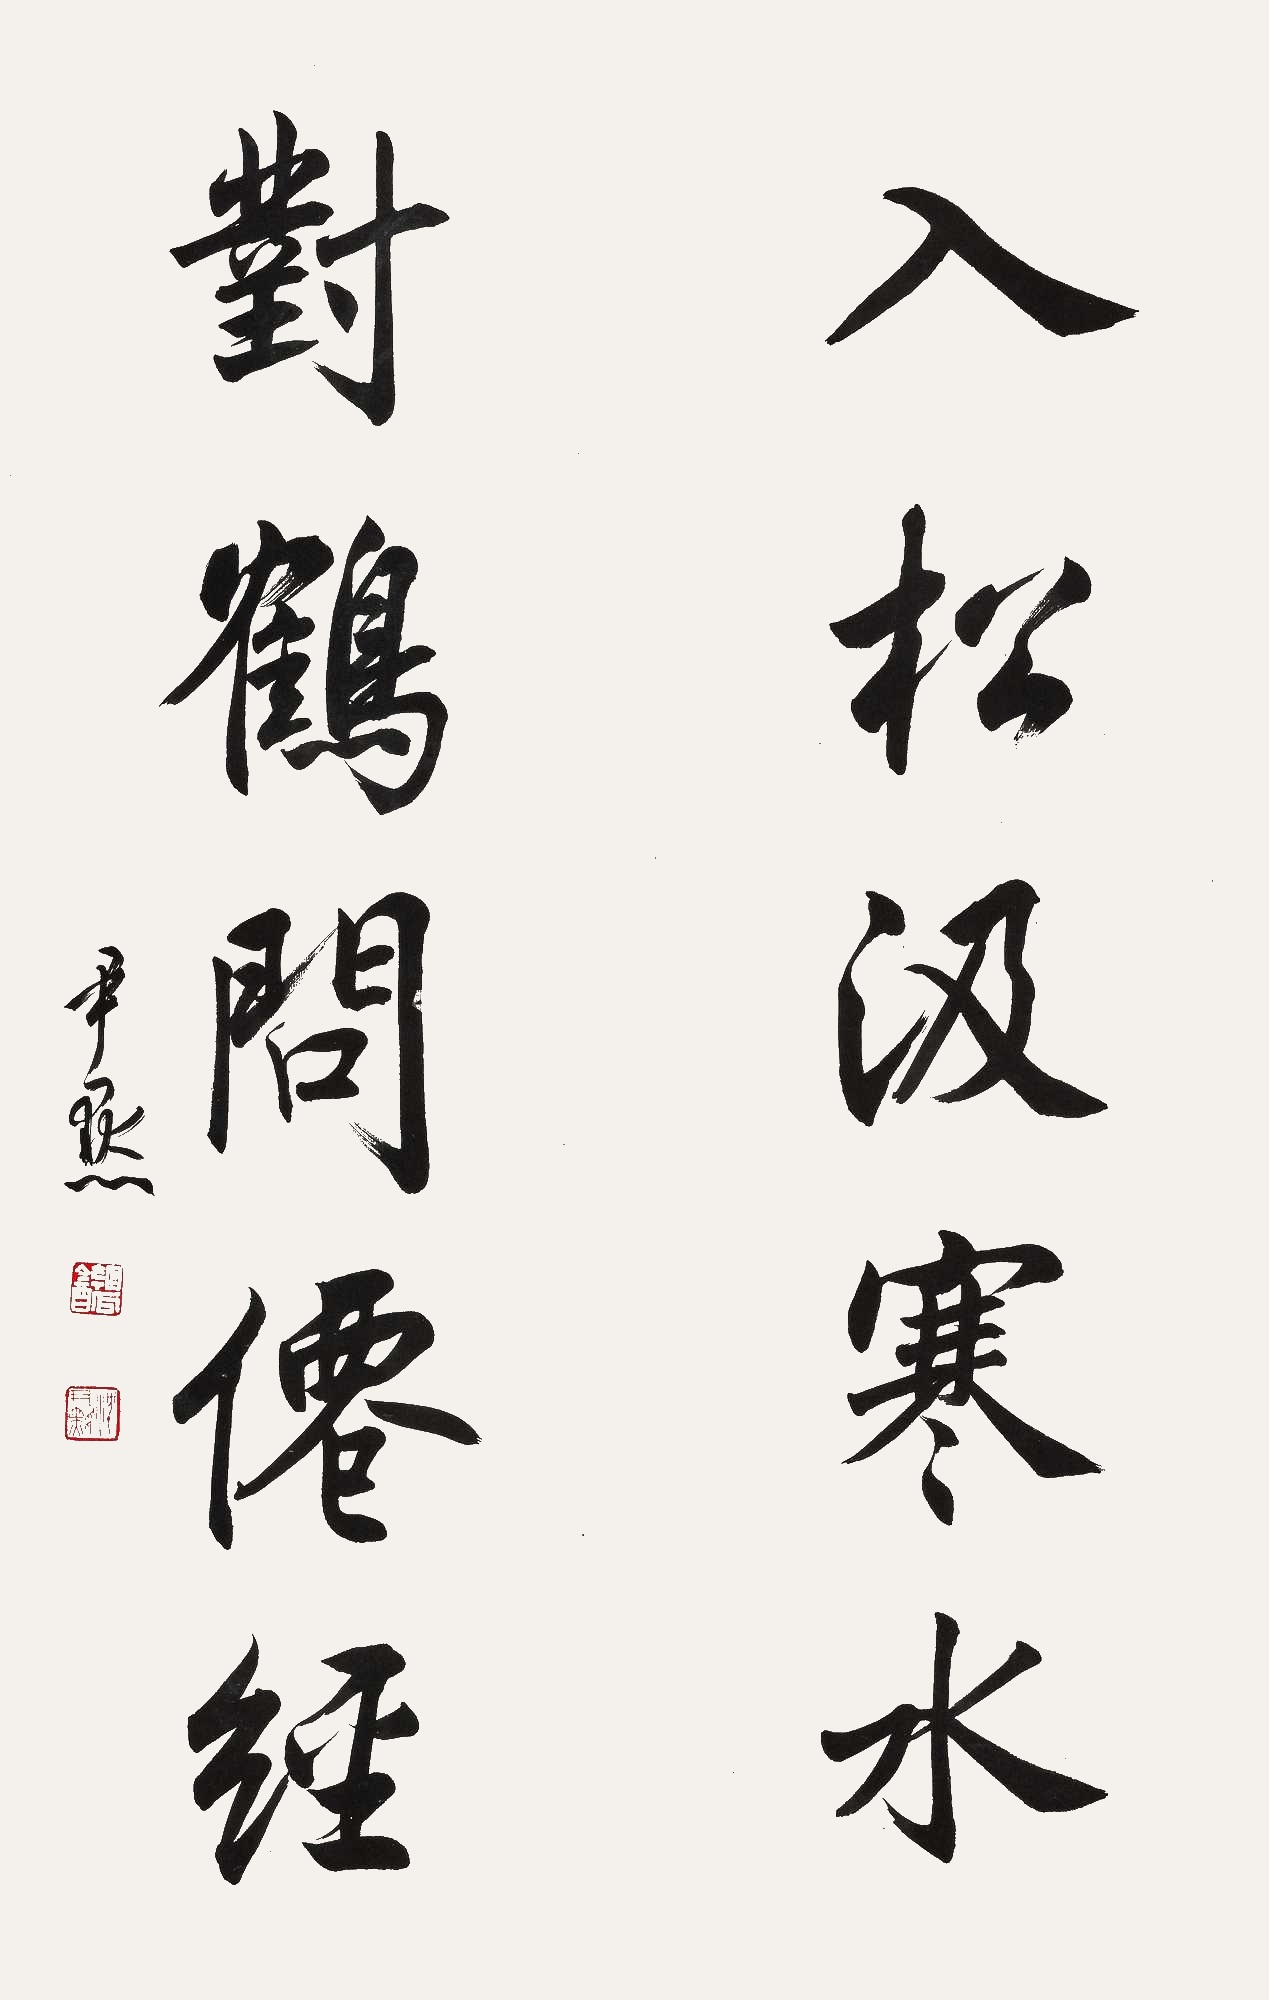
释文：入松汲寒水，对鹤问仙经。尹默。